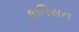
કનિસન